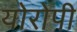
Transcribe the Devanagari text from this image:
योरोपी